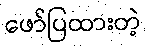
ဖော်ပြထားတဲ့